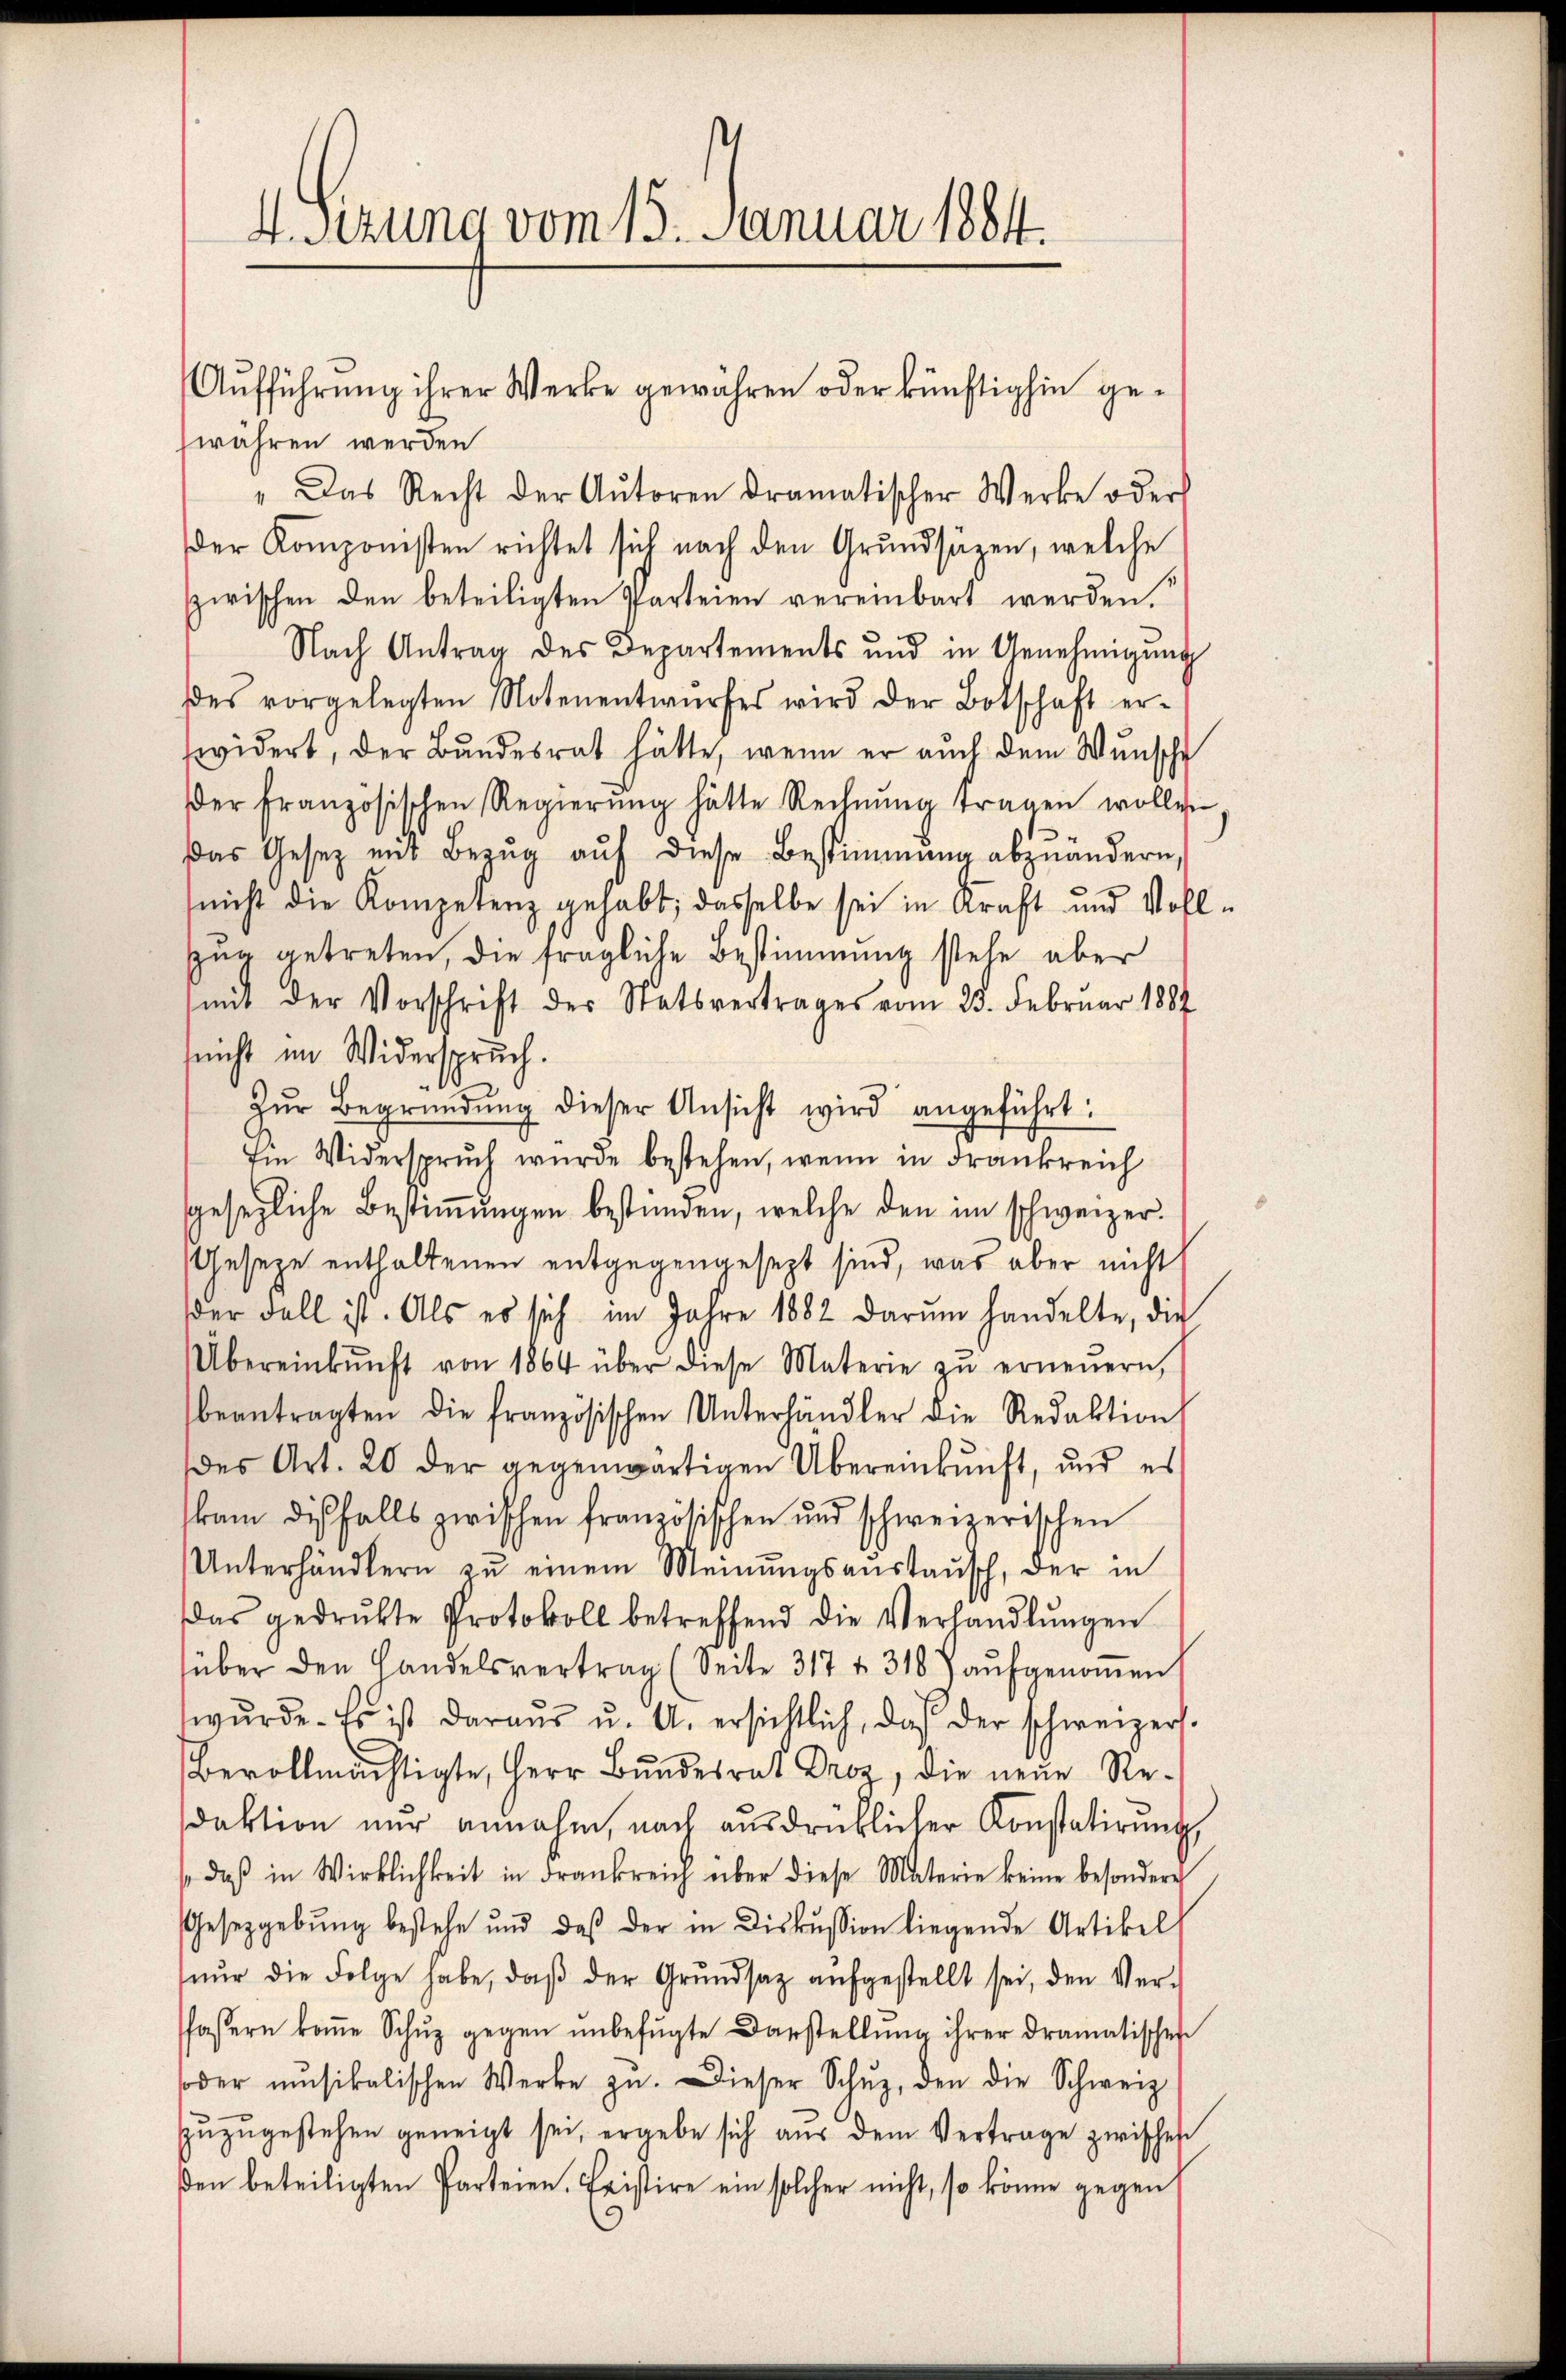
4.Stzung vom 15. Januar 1884.

währen werden
" Das Recht der Aŭtoren Dramatischer Werke oder
der Komponisten richtet sich nach den Grundsäzen, welche
zwischen den beteiligten Parteien vereinbart werden.
Nach Antrag des Departements und in Genehmigŭng
des vorgelegten Notenentwŭrfes wird der Botschaft er-
widert, der Bundesrat hätte, wenn er auch dem Wunsche
der französischen Regierŭng hätte Rechnŭng tragen wollen
Das Gesetz mit Bezug auf diese Bestimmung abzuändern,
(nicht die Kompetenz gehabt, dasselbe sei in Kraft und Voll-
zug getreten, die fragliche Bestimmung stehe aber
mit der Vorschrift der Statsvertrages vom 23. Februar 1884
sicht im Widerspruch.
s
Zŭr Begründung dieser Ansicht wird angeführt:
Ein Widerspruch wurde bestehen, wenn in Frankreich
gesezliche Bestimmungen bestünden, welche den im schweizer.
Gesetze enthaltenen entgegengesezt sind, was aber nicht
der Fall ist. Als es sich im Jahre 1882 darŭm handelte, die
Übereinkunft von 1864 über diese Materie zŭ erneŭern,
beantragten die französischen Unterhändler die Redaktion
des Art. 20 der gegenwärtigen Übereinkunft, und es
kam diesfalls zwischen französischen und schweizerischen
Unterhändlern zŭ einem Meinŭngsanstausch, der in
das gedrukte Protokoll betreffend die Verhandlŭngen
süber den Handelsvertrag (Seite 317 f 318 aŭfgenommen
wŭrde. Es ist daraŭs u. A. ersichtlich, daß der schweizers.
Bevollmächtigte, Herr Bundesrat Droz, die neue Resdaktion nur annahm, nach ausdrüklicher Konstatirung,
s. daβ in Wirklichkeit in Frankreich über diese Materie keine besondere
Gesetzgebŭng bestehe und daβ der in Diskussion liegende Artikel
nŭr die Folge habe, daβ der Grŭndsatz aŭfgestellt sei, den Ver-
fasern koṁe Schŭz gegen ŭnbefŭgte Darstellŭng ihrer dramatischen
oder musikalischen Werke zu. Dieser Schŭz, den die Schweiz
zŭzŭgestehen geneigt sei, ergebe sich aŭs dem Vertrage zwisches
ßen beteiligten Parteien. Fristire ein solcher nicht, so könne gegen

Aufführung ihrer Werke gewähren oder künftighin ge¬